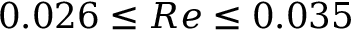
0 . 0 2 6 \leq R e \leq 0 . 0 3 5